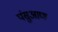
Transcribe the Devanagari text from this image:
पंसुआण